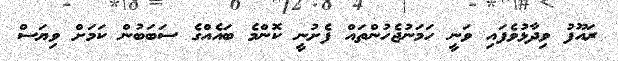
ރައޫފު ވިދާޅުވެފައި ވަނީ ހަމަނުޖެހުންތައް ފެށުނީ ކޮންމެ ބައެއްގެ ސަބަބުން ކަމަށް ވިޔަސް